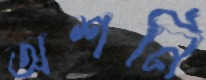
অশনি